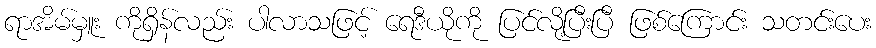
ရာအိမ်မှူး ကိုရှိန်လည်း ပါလာသဖြင့် ရေဒီယိုကို ပြင်လို့ပြီးပြီ ဖြစ်ကြောင်း သတင်းပေး